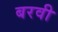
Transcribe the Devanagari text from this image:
बरवी